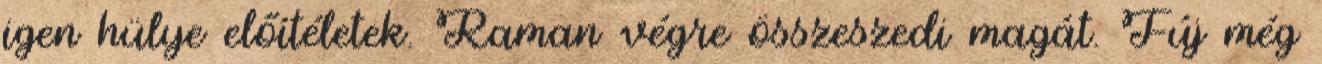
igen hülye előítéletek. Raman végre összeszedi magát. Fúj még